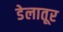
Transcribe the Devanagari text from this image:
डेलातूर